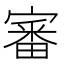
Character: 審